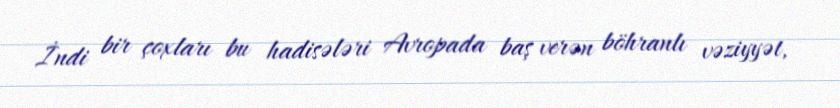
İndi bir çoxları bu hadisələri Avropada baş verən böhranlı vəziyyət,